Leaving Certificate Examination (including Day School Certificate (Higher) General paper), 1933
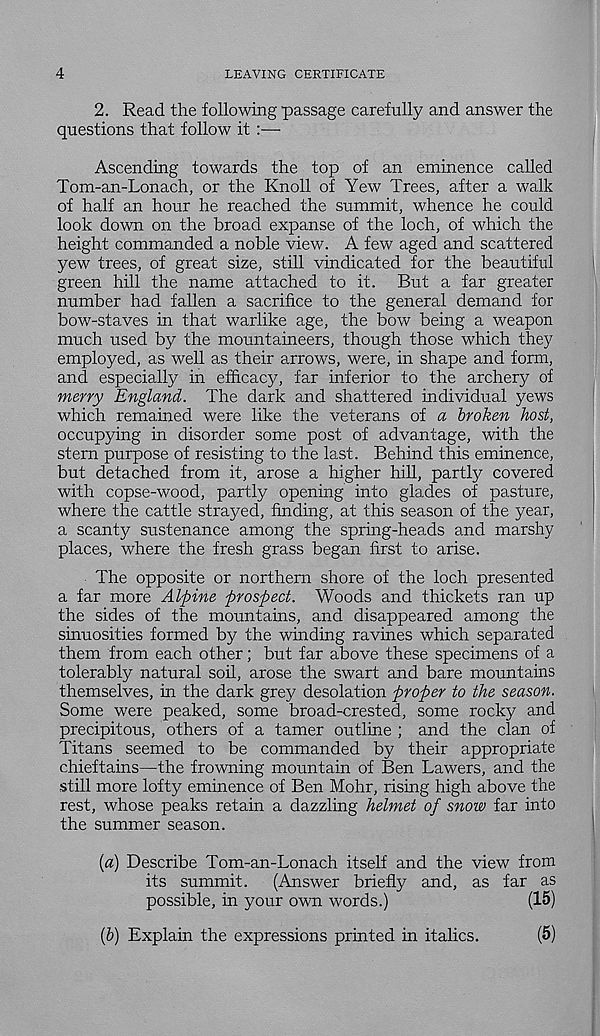
4
LEAVING CERTIFICATE
2. Read the following passage carefully and answer the
questions that follow it :—
Ascending towards the top of an eminence called
Tom-an-Lonach, or the Knoll of Yew Trees, after a walk
of half an hour he reached the summit, whence he could
look down on the broad expanse of the loch, of which the
height commanded a noble view. A few aged and scattered
yew trees, of great size, still vindicated for the beautiful
green hill the name attached to it. But a far greater
number had fallen a sacrifice to the general demand for
bow-staves in that warlike age, the bow being a weapon
much used by the mountaineers, though those which they
employed, as well as their arrows, were, in shape and form,
and especially in efficacy, far inferior to the archery of
merry England. The dark and shattered individual yews
which remained were like the veterans of a broken host,
occupying in disorder some post of advantage, with the
stern purpose of resisting to the last. Behind this eminence,
but detached from it, arose a higher hill, partly covered
with copse-wood, partly opening into glades of pasture,
where the cattle strayed, finding, at this season of the year,
a scanty sustenance among the spring-heads and marshy
places, where the fresh grass began first to arise.
The opposite or northern shore of the loch presented
a far more Alpine prospect. Woods and thickets ran up
the sides of the mountains, and disappeared among the
sinuosities formed by the winding ravines which separated
them from each other; but far above these specimens of a
tolerably natural soil, arose the swart and bare mountains
themselves, in the dark grey desolation proper to the season.
Some were peaked, some broad-crested, some rocky and
precipitous, others of a tamer outline ; and the clan of
Titans seemed to be commanded by their appropriate
chieftains—the frowning mountain of Ben Lawers, and the
still more lofty eminence of Ben Mohr, rising high above the
rest, whose peaks retain a dazzling helmet of snow far into
the summer season.
{a) Describe Tom-an-Lonach itself and the view from
its summit. (Answer briefly and, as far as
possible, in your own words.)
(15)
(6) Explain the expressions printed in italics.
(5)